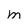
Character: m